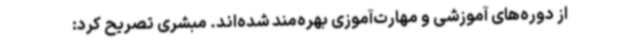
از دوره‌های آموزشی و مهارت‌آموزی بهره‌مند شده‌اند. مبشری تصریح کرد: